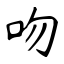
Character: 吻